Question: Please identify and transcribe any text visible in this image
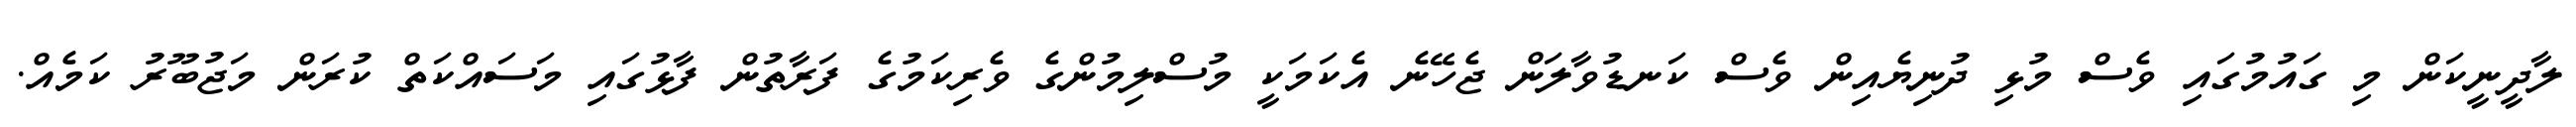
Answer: ލާދީނީކަން މި ގައުމުގައި ވެސް މުޅި ދުނިޔެއިން ވެސް ކަނޑުވާލަން ޖެހޭނެ އެކަމަކީ މުސްލިމުންގެ ވެރިކަމުގެ ފަރާތުން ފާޅުގައި މަސައްކަތް ކުރަން މަޖުބޫރު ކަމެއް.